Leaving Certificate Examination (including Day School Certificate (Higher) General paper), 1934
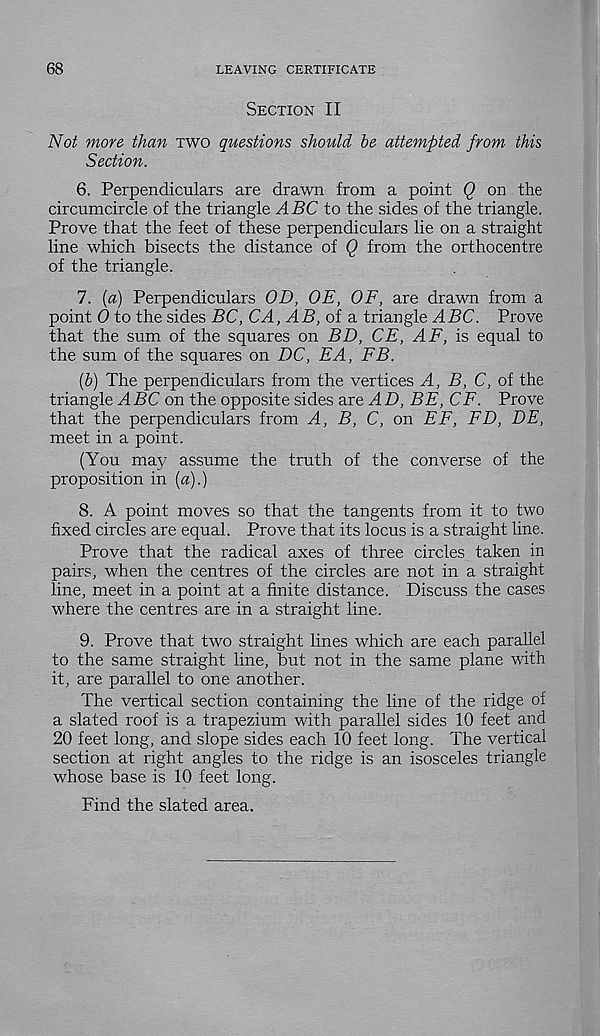
68
LEAVING CERTIFICATE
Section II
Not more than two questions should he attempted from this
Section.
6. Perpendiculars are drawn from a point Q on the
circumcircle of the triangle ABC to the sides of the triangle.
Prove that the feet of these perpendiculars lie on a straight
line which bisects the distance of Q from the orthocentre
of the triangle.
7. (a) Perpendiculars OB, OE, OF, are drawn from a
point 0 to the sides BC, CA, AB, of a. triangle ABC. Prove
that the sum of the squares on BD, CE, AF, is equal to
the sum of the squares on DC, EA, FB.
(b) The perpendiculars from the vertices A, B, C, of the
triangle ABC on the opposite sides are AD, BE, CF. Prove
that the perpendiculars from A, B, C, on EE, ED, BE,
meet in a point.
(You may assume the truth of the converse of the
proposition in (a).)
8. A point moves so that the tangents from it to two
fixed circles are equal. Prove that its locus is a straight line.
Prove that the radical axes of three circles taken in
pairs, when the centres of the circles are not in a straight
line, meet in a point at a finite distance. Discuss the cases
where the centres are in a straight line.
9. Prove that two straight lines which are each parallel
to the same straight line, but not in the same plane with
it, are parallel to one another.
The vertical section containing the line of the ridge of
a slated roof is a trapezium with parallel sides 10 feet and
20 feet long, and slope sides each 10 feet long. The vertical
section at right angles to the ridge is an isosceles triangle
whose base is 10 feet long.
Find the slated area.